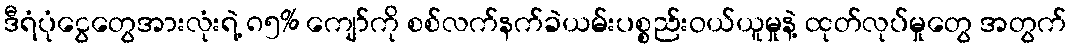
ဒီရံပုံငွေတွေအားလုံးရဲ့ ၈၅% ကျော်ကို စစ်လက်နက်ခဲယမ်းပစ္စည်းဝယ်ယူမှုနဲ့ ထုတ်လုပ်မှုတွေ အတွက်